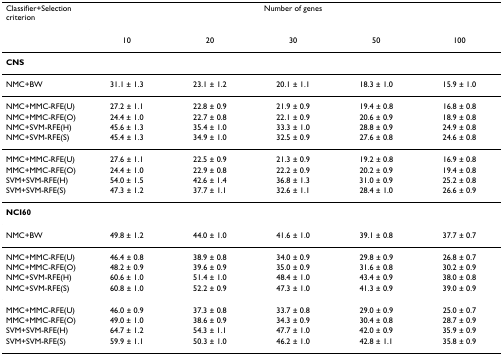
<table><thead><tr><td><b>Classifier+Selection criterion</b></td><td colspan="5"><b>Number of genes</b></td></tr><tr><td></td><td><b>10</b></td><td><b>20</b></td><td><b>30</b></td><td><b>50</b></td><td><b>100</b></td></tr></thead><tbody><tr><td><b>CNS</b></td><td></td><td></td><td></td><td></td><td></td></tr><tr><td>NMC+BW</td><td>31.1 ± 1.3</td><td>23.1 ± 1.2</td><td>20.1 ± 1.1</td><td>18.3 ± 1.0</td><td>15.9 ± 1.0</td></tr><tr><td>NMC+MMC-RFE(U)</td><td>27.2 ± 1.1</td><td>22.8 ± 0.9</td><td>21.9 ± 0.9</td><td>19.4 ± 0.8</td><td>16.8 ± 0.8</td></tr><tr><td>NMC+MMC-RFE(O)</td><td>24.4 ± 1.0</td><td>22.7 ± 0.8</td><td>22.1 ± 0.9</td><td>20.6 ± 0.9</td><td>18.9 ± 0.8</td></tr><tr><td>NMC+SVM-RFE(H)</td><td>45.6 ± 1.3</td><td>35.4 ± 1.0</td><td>33.3 ± 1.0</td><td>28.8 ± 0.9</td><td>24.9 ± 0.8</td></tr><tr><td>NMC+SVM-RFE(S)</td><td>45.4 ± 1.3</td><td>34.9 ± 1.0</td><td>32.5 ± 0.9</td><td>27.6 ± 0.8</td><td>24.6 ± 0.8</td></tr><tr><td>MMC+MMC-RFE(U)</td><td>27.6 ± 1.1</td><td>22.5 ± 0.9</td><td>21.3 ± 0.9</td><td>19.2 ± 0.8</td><td>16.9 ± 0.8</td></tr><tr><td>MMC+MMC-RFE(O)</td><td>24.4 ± 1.0</td><td>22.9 ± 0.8</td><td>22.2 ± 0.9</td><td>20.2 ± 0.9</td><td>19.4 ± 0.8</td></tr><tr><td>SVM+SVM-RFE(H)</td><td>54.0 ± 1.5</td><td>42.6 ± 1.4</td><td>36.8 ± 1.3</td><td>31.0 ± 0.9</td><td>25.2 ± 0.8</td></tr><tr><td>SVM+SVM-RFE(S)</td><td>47.3 ± 1.2</td><td>37.7 ± 1.1</td><td>32.6 ± 1.1</td><td>28.4 ± 1.0</td><td>26.6 ± 0.9</td></tr><tr><td><b>NCI60</b></td><td></td><td></td><td></td><td></td><td></td></tr><tr><td>NMC+BW</td><td>49.8 ± 1.2</td><td>44.0 ± 1.0</td><td>41.6 ± 1.0</td><td>39.1 ± 0.8</td><td>37.7 ± 0.7</td></tr><tr><td>NMC+MMC-RFE(U)</td><td>46.4 ± 0.8</td><td>38.9 ± 0.8</td><td>34.0 ± 0.9</td><td>29.8 ± 0.9</td><td>26.8 ± 0.7</td></tr><tr><td>NMC+MMC-RFE(O)</td><td>48.2 ± 0.9</td><td>39.6 ± 0.9</td><td>35.0 ± 0.9</td><td>31.6 ± 0.8</td><td>30.2 ± 0.9</td></tr><tr><td>NMC+SVM-RFE(H)</td><td>60.6 ± 1.0</td><td>51.4 ± 1.0</td><td>48.4 ± 1.0</td><td>43.4 ± 0.9</td><td>38.0 ± 0.8</td></tr><tr><td>NMC+SVM-RFE(S)</td><td>60.8 ± 1.0</td><td>52.2 ± 0.9</td><td>47.3 ± 1.0</td><td>41.3 ± 0.9</td><td>39.0 ± 0.9</td></tr><tr><td>MMC+MMC-RFE(U)</td><td>46.0 ± 0.9</td><td>37.3 ± 0.8</td><td>33.7 ± 0.8</td><td>29.0 ± 0.9</td><td>25.0 ± 0.7</td></tr><tr><td>MMC+MMC-RFE(O)</td><td>49.0 ± 1.0</td><td>38.6 ± 0.9</td><td>34.3 ± 0.9</td><td>30.4 ± 0.8</td><td>28.7 ± 0.9</td></tr><tr><td>SVM+SVM-RFE(H)</td><td>64.7 ± 1.2</td><td>54.3 ± 1.1</td><td>47.7 ± 1.0</td><td>42.0 ± 0.9</td><td>35.9 ± 0.9</td></tr><tr><td>SVM+SVM-RFE(S)</td><td>59.9 ± 1.1</td><td>50.3 ± 1.0</td><td>46.2 ± 1.0</td><td>42.8 ± 1.1</td><td>35.8 ± 0.9</td></tr></tbody></table>